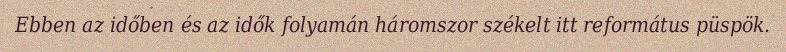
Ebben az időben és az idők folyamán háromszor székelt itt református püspök.